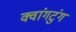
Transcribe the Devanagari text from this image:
क्वांगटुंग